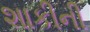
શાકીની